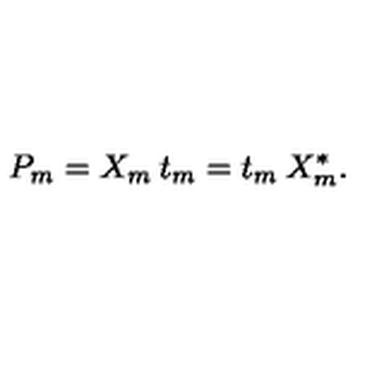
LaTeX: P _ { m } = X _ { m } \: t _ { m } = t _ { m } \: X _ { m } ^ { * } .